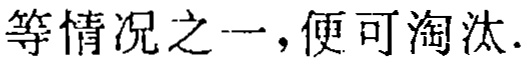
等情况之一，便可淘汰.